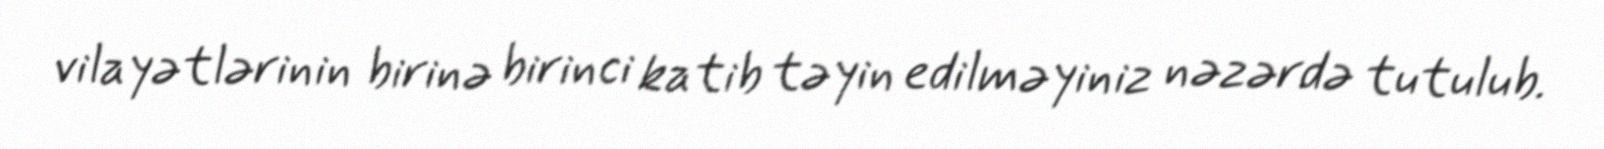
vilayətlərinin birinə birinci katib təyin edilməyiniz nəzərdə tutulub.